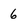
Character: 6